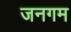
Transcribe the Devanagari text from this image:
जनगम